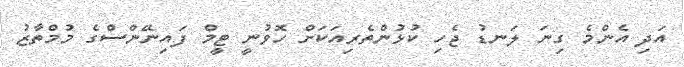
އަދި އެންމެ ގިނަ ލަނޑު ޖެހި ކުޅުންތެރިއަކަށް ހޮވުނީ ޓީމް ފައިނޭންސްގެ މުމްތާޒު